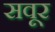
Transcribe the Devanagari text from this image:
सवूर